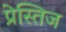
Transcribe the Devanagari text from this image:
प्रेस्तिज